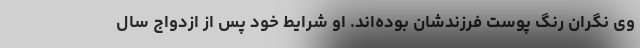
وی نگران رنگ پوست فرزندشان بوده‌اند. او شرایط خود پس از ازدواج سال